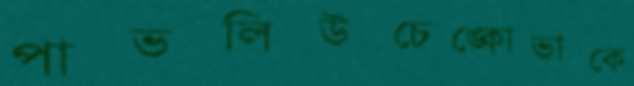
পাভলিউচেঙ্কোভাকে